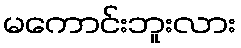
မကောင်းဘူးလား